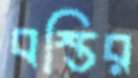
বস্তির